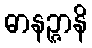
ဓာနဉ္ဇာနိ